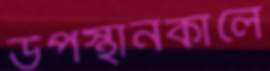
উপস্থানকালে